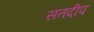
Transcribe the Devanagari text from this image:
सतदीप